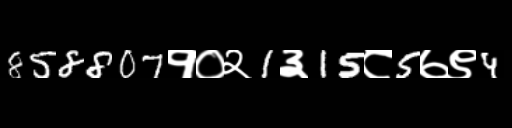
Text: 858807१०२1३15८5७९4